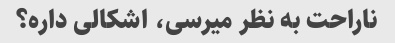
ناراحت به نظر میرسی، اشکالی داره؟